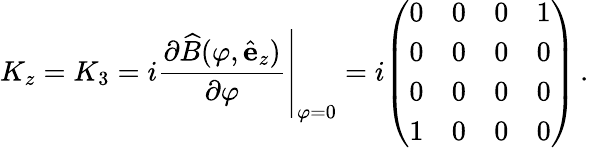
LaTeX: K_{z}=K_{3}=i\left.{\frac{\partial{\widehat{B}}(\varphi,{\hat{\mathbf{e}}}_{z})}{\partial\varphi}}\right|_{\varphi=0}=i{\left(\begin{array}{llll}{0}&{0}&{0}&{1}\\ {0}&{0}&{0}&{0}\\ {0}&{0}&{0}&{0}\\ {1}&{0}&{0}&{0}\end{array}\right)}\, .